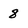
Character: 8